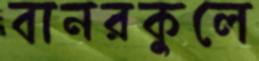
বানরকুলে